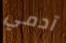
آدمي